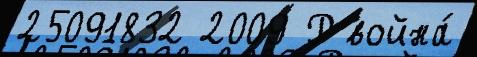
25091832 2009 Р война́